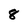
Character: 8